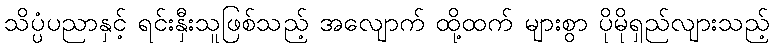
သိပ္ပံပညာနှင့် ရင်းနှီးသူဖြစ်သည့် အလျောက် ထို့ထက် များစွာ ပိုမိုရှည်လျားသည့်